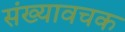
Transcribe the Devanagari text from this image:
संख्यावचक